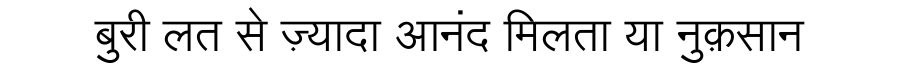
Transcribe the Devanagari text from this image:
बुरी लत से ज़्यादा आनंद मिलता या नुक़सान